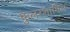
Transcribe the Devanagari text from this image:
फुलरशामिल